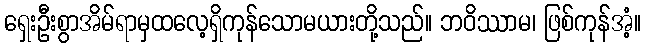
ရှေးဦးစွာအိမ်ရာမှထလေ့ရှိကုန်သောမယားတို့သည်။ ဘဝိဿာမ၊ ဖြစ်ကုန်အံ့။